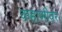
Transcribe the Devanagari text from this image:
कहाणीवर